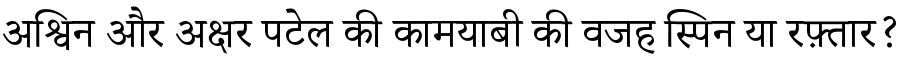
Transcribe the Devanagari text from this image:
अश्विन और अक्षर पटेल की कामयाबी की वजह स्पिन या रफ़्तार?